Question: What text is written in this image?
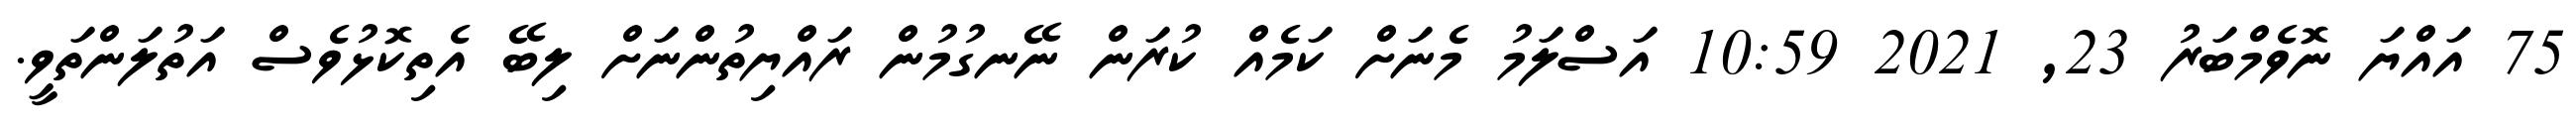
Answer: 75 އައްޔަ ނޮވެމްބަރު 23, 2021 10:59 އަސްލަމު މެނަށް ކަމެއް ކުރަން ނޭނގުމުން ރައްޔިތުންނަށް ލިބޭ އެތިކޮޅުވެސް އަތުލަންތަވީ.